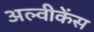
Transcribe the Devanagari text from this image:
अल्वीकेंस